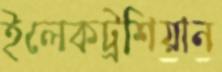
ইলেকট্রশিয়ান